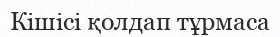
Кішісі қолдап тұрмаса